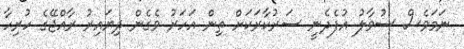
ނަމަވެސް ސުވާލު އުފެދެނީ ސަރުކާރަކަށް ތިން އަހަރު ވެގެން ދިޔައިރު ރާއްޖޭގެ ހުރިހާ